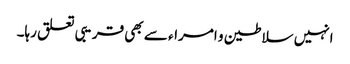
انہیں سلاطین و امراء سے بھی قریبی تعلق رہا۔